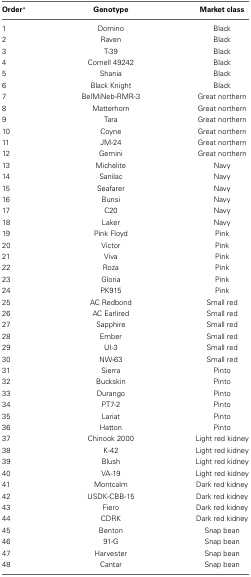
<table><thead><tr><td><b>Order<sup>*</sup></b></td><td><b>Genotype</b></td><td><b>Market class</b></td></tr></thead><tbody><tr><td>1</td><td>Domino</td><td>Black</td></tr><tr><td>2</td><td>Raven</td><td>Black</td></tr><tr><td>3</td><td>T-39</td><td>Black</td></tr><tr><td>4</td><td>Cornell 49242</td><td>Black</td></tr><tr><td>5</td><td>Shania</td><td>Black</td></tr><tr><td>6</td><td>Black Knight</td><td>Black</td></tr><tr><td>7</td><td>BelMiNeb-RMR-3</td><td>Great northern</td></tr><tr><td>8</td><td>Matterhorn</td><td>Great northern</td></tr><tr><td>9</td><td>Tara</td><td>Great northern</td></tr><tr><td>10</td><td>Coyne</td><td>Great northern</td></tr><tr><td>11</td><td>JM-24</td><td>Great northern</td></tr><tr><td>12</td><td>Gemini</td><td>Great northern</td></tr><tr><td>13</td><td>Michelite</td><td>Navy</td></tr><tr><td>14</td><td>Sanilac</td><td>Navy</td></tr><tr><td>15</td><td>Seafarer</td><td>Navy</td></tr><tr><td>16</td><td>Bunsi</td><td>Navy</td></tr><tr><td>17</td><td>C20</td><td>Navy</td></tr><tr><td>18</td><td>Laker</td><td>Navy</td></tr><tr><td>19</td><td>Pink Floyd</td><td>Pink</td></tr><tr><td>20</td><td>Victor</td><td>Pink</td></tr><tr><td>21</td><td>Viva</td><td>Pink</td></tr><tr><td>22</td><td>Roza</td><td>Pink</td></tr><tr><td>23</td><td>Gloria</td><td>Pink</td></tr><tr><td>24</td><td>PK915</td><td>Pink</td></tr><tr><td>25</td><td>AC Redbond</td><td>Small red</td></tr><tr><td>26</td><td>AC Earlired</td><td>Small red</td></tr><tr><td>27</td><td>Sapphire</td><td>Small red</td></tr><tr><td>28</td><td>Ember</td><td>Small red</td></tr><tr><td>29</td><td>UI-3</td><td>Small red</td></tr><tr><td>30</td><td>NW-63</td><td>Small red</td></tr><tr><td>31</td><td>Sierra</td><td>Pinto</td></tr><tr><td>32</td><td>Buckskin</td><td>Pinto</td></tr><tr><td>33</td><td>Durango</td><td>Pinto</td></tr><tr><td>34</td><td>PT7-2</td><td>Pinto</td></tr><tr><td>35</td><td>Lariat</td><td>Pinto</td></tr><tr><td>36</td><td>Hatton</td><td>Pinto</td></tr><tr><td>37</td><td>Chinook 2000</td><td>Light red kidney</td></tr><tr><td>38</td><td>K-42</td><td>Light red kidney</td></tr><tr><td>39</td><td>Blush</td><td>Light red kidney</td></tr><tr><td>40</td><td>VA-19</td><td>Light red kidney</td></tr><tr><td>41</td><td>Montcalm</td><td>Dark red kidney</td></tr><tr><td>42</td><td>USDK-CBB-15</td><td>Dark red kidney</td></tr><tr><td>43</td><td>Fiero</td><td>Dark red kidney</td></tr><tr><td>44</td><td>CDRK</td><td>Dark red kidney</td></tr><tr><td>45</td><td>Benton</td><td>Snap bean</td></tr><tr><td>46</td><td>91-G</td><td>Snap bean</td></tr><tr><td>47</td><td>Harvester</td><td>Snap bean</td></tr><tr><td>48</td><td>Cantar</td><td>Snap bean</td></tr></tbody></table>